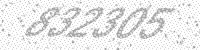
Solution: 832305